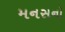
મનસનો